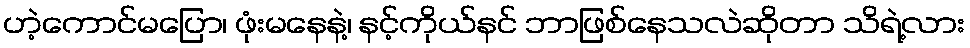
ဟဲ့ကောင်မပြော၊ ဖုံးမနေနဲ့၊ နင့်ကိုယ်နင် ဘာဖြစ်နေသလဲဆိုတာ သိရဲ့လား